Alma_Vaarman, lk 6
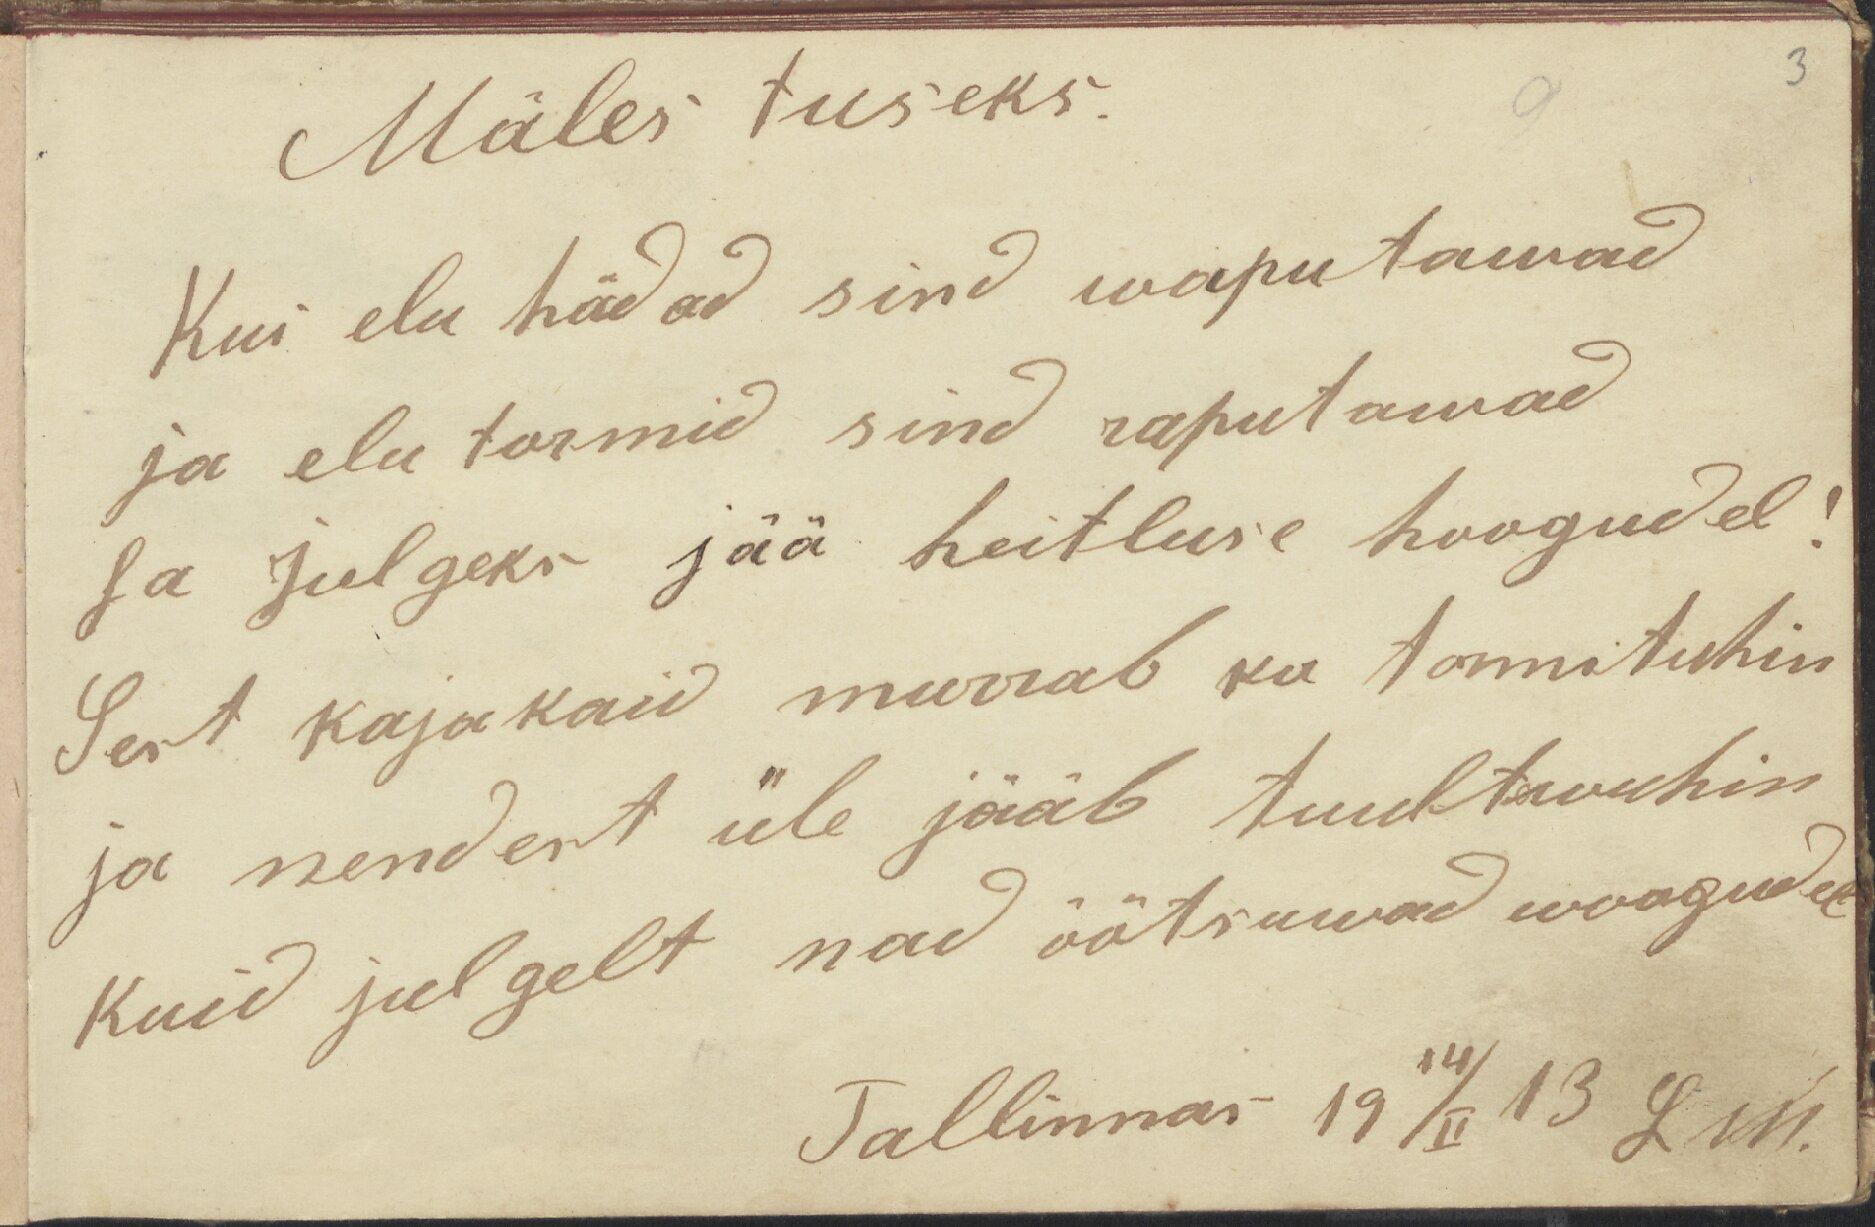
3

Mäles tuseks.
Kui elu hädad sind waputawad
ja elu tormid sind raputawad,
sa Julgeks jää heitluse hoogudel
Sest kajakaid murrab ka tormituhin
ja nendest üle jääb tuultewuhin
kuid julgelt nad õõtsuwad woogudel
Tallinnas 19 14/II 13 LM.